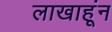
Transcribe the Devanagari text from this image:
लाखाहूंन